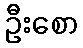
ဦးစော